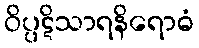
ဝိပ္ပဋိသာရနိရောဓံ